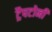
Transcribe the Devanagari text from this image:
ट्रैपटोनी